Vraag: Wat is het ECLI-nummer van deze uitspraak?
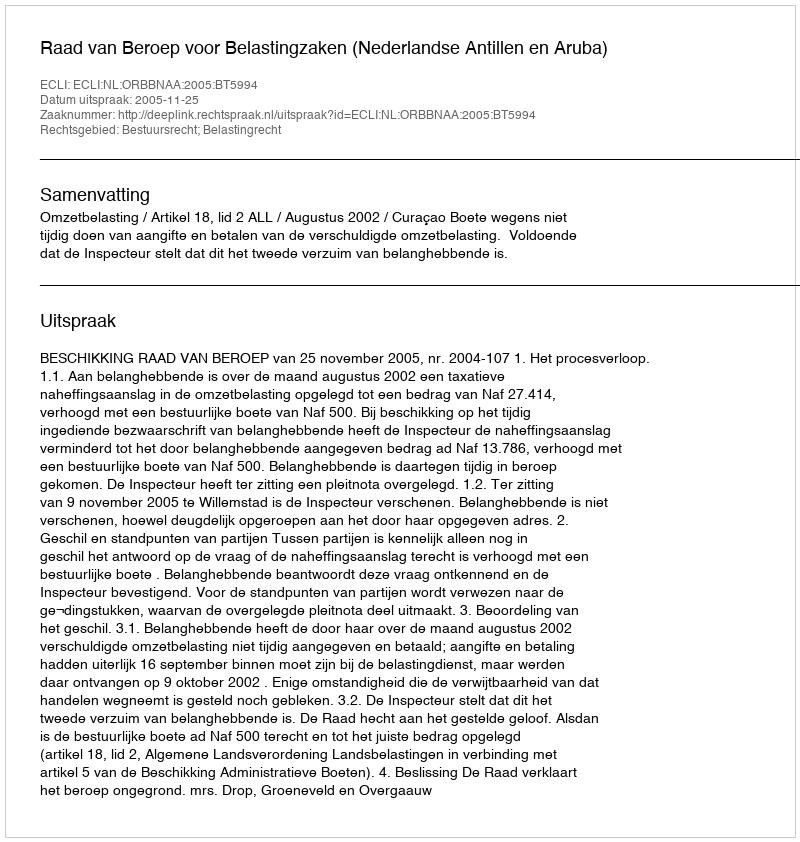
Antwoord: ECLI:NL:ORBBNAA:2005:BT5994